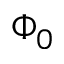
\Phi _ { 0 }